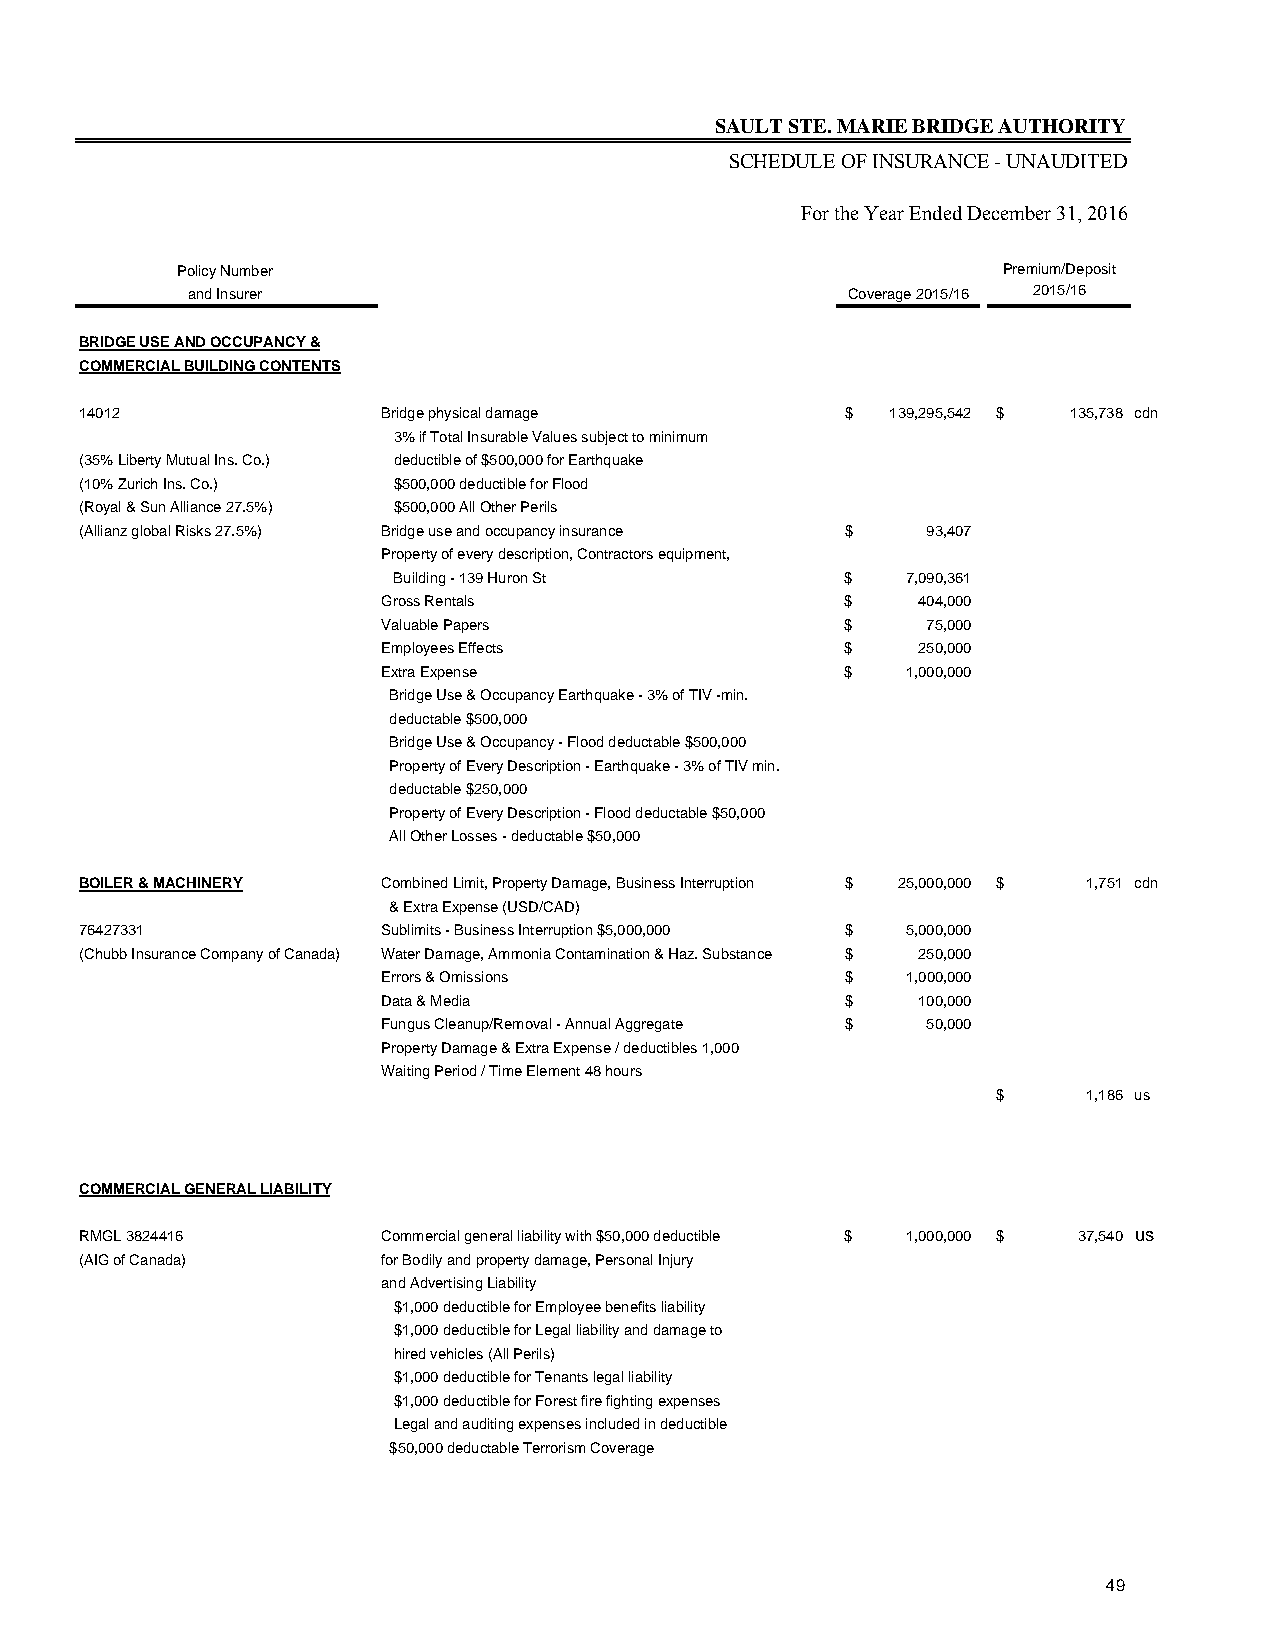
SAULT STE. MARIE BRIDGE AUTHORITY
 SCHEDULE OF INSURANCE - UNAUDITED
 For the Year Ended December 31, 2016
 Policy Number                                         Premium/Deposit
 and Insurer                                 Coverage 2015/16 2015/16
 BRIDGE USE AND OCCUPANCY &
 COMMERCIAL BUILDING CONTENTS
 14012               Bridge physical damage         $  139,295,542 $ 135,738 cdn
 3% if Total Insurable Values subject to minimum
 (35% Liberty Mutual Ins. Co.) deductible of $500,000 for Earthquake
 (10% Zurich Ins. Co.) $500,000 deductible for Flood
 (Royal & Sun Alliance 27.5%) $500,000 All Other Perils
 (Allianz global Risks 27.5%) Bridge use and occupancy insurance $ 93,407
 Property of every description, Contractors equipment,
 Building - 139 Huron St       $   7,090,361
 Gross Rentals                  $    404,000
 Valuable Papers                $    75,000
 Employees Effects              $    250,000
 Extra Expense                  $   1,000,000
 Bridge Use & Occupancy Earthquake - 3% of TIV -min.
 deductable $500,000
 Bridge Use & Occupancy - Flood deductable $500,000
 Property of Every Description - Earthquake - 3% of TIV min.
 deductable $250,000
 Property of Every Description - Flood deductable $50,000
 All Other Losses - deductable $50,000
 BOILER & MACHINERY  Combined Limit, Property Damage, Business Interruption $ 25,000,000 $ 1,751 cdn
 & Extra Expense (USD/CAD)
 76427331            Sublimits - Business Interruption $5,000,000 $ 5,000,000
 (Chubb Insurance Company of Canada) Water Damage, Ammonia Contamination & Haz. Substance $ 250,000
 Errors & Omissions             $   1,000,000
 Data & Media                   $    100,000
 Fungus Cleanup/Removal - Annual Aggregate $ 50,000
 Property Damage & Extra Expense / deductibles 1,000
 Waiting Period / Time Element 48 hours
 $     1,186 us
 COMMERCIAL GENERAL LIABILITY
 RMGL 3824416        Commercial general liability with $50,000 deductible $ 1,000,000 $ 37,540 us
 (AIG of Canada)     for Bodily and property damage, Personal Injury
 and Advertising Liability
 $1,000 deductible for Employee benefits liability
 $1,000 deductible for Legal liability and damage to
 hired vehicles (All Perils)
 $1,000 deductible for Tenants legal liability
 $1,000 deductible for Forest fire fighting expenses
 Legal and auditing expenses included in deductible
 $50,000 deductable Terrorism Coverage
 49